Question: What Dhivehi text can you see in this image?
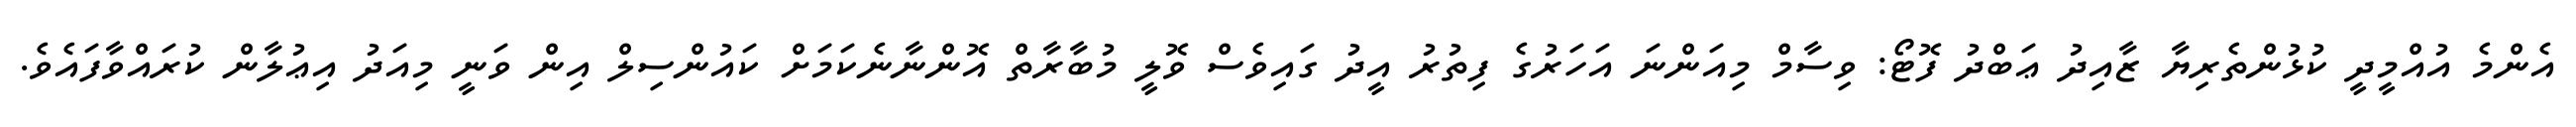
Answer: އެންމެ އުއްމީދީ ކުޅުންތެރިޔާ ޒާއިދު ޢަބްދު ފޮޓޯ: ވިސާމް މިއަންނަ އަހަރުގެ ފިތުރު އީދު ގައިވެސް ވޮލީ މުބާރާތް އޮންނާނެކަމަށް ކައުންސިލް އިން ވަނީ މިއަދު އިޢުލާން ކުރައްވާފައެވެ.